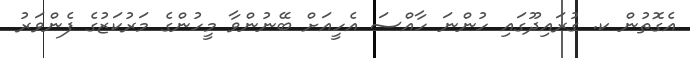
އެގޮތުން ކ. ގުރައިދޫގައި ހުންނަ ހާއްސަ އެހީއަށް ބޭނުންވާ މީހުންގެ މަރުކަޒުގެ ފެންވަރު